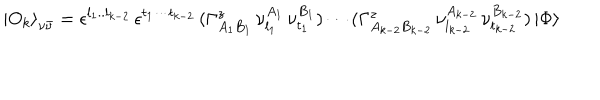
{ \vert O _ { k } \rangle } _ { \nu \bar { \nu } } = \epsilon ^ { l _ { 1 } . . l _ { k - 2 } } \, \epsilon ^ { t _ { 1 } \cdots t _ { k - 2 } } \, ( \Gamma _ { A _ { 1 } B _ { 1 } } ^ { z } \, \nu _ { l _ { 1 } } ^ { A _ { 1 } } \, \nu _ { t _ { 1 } } ^ { B _ { 1 } } ) \cdots ( \Gamma _ { A _ { k - 2 } B _ { k - 2 } } ^ { z } \, \nu _ { l _ { k - 2 } } ^ { A _ { k - 2 } } \, \nu _ { t _ { k - 2 } } ^ { B _ { k - 2 } } ) \, \vert \Phi \rangle